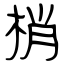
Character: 梢